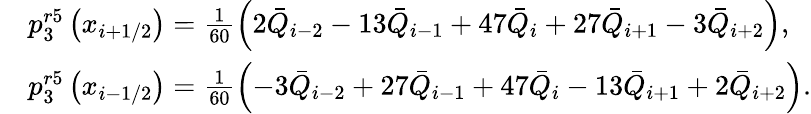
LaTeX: \begin{array}{rl}&{p_{3}^{r5}\left({{x}_{i+1/2}}\right)=\frac{1}{60}\left(2{{{\bar{Q}}}_{i-2}}-13{{{\bar{Q}}}_{i-1}}+47{{{\bar{Q}}}_{i}}+27{{{\bar{Q}}}_{i+1}}-3{{{\bar{Q}}}_{i+2}}\right),}\\ &{p_{3}^{r5}\left({{x}_{i-1/2}}\right)=\frac{1}{60}\left(-3{{{\bar{Q}}}_{i-2}}+27{{{\bar{Q}}}_{i-1}}+47{{{\bar{Q}}}_{i}}-13{{{\bar{Q}}}_{i+1}}+2{{{\bar{Q}}}_{i+2}}\right).}\end{array}